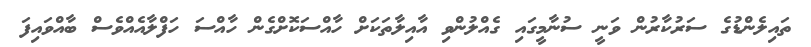
ތައިލެންޑުގެ ސަރުކާރުން ވަނީ ސުނާމީގައި ގެއްލުންވި އާއިލާތަކަށް ހާއްސަކޮށްގެން ހާއްސަ ހަފްލާއެއްވެސް ބާއްވައިފަ